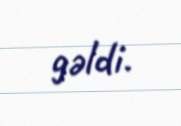
gəldi.